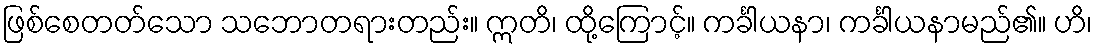
ဖြစ်စေတတ်သော သဘောတရားတည်း။ ဣတိ၊ ထို့ကြောင့်။ ကင်္ခါယနာ၊ ကင်္ခါယနာမည်၏။ ဟိ၊